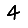
Digit: 4